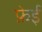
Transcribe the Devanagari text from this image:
फ़ेई